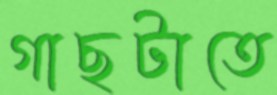
গাছটাতে